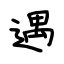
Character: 遇